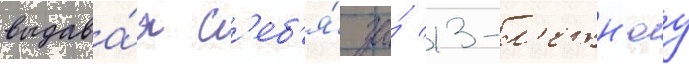
выдава́я с'еб'я́ за́ 13-л'етн'юу